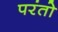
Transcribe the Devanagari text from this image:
परंतो